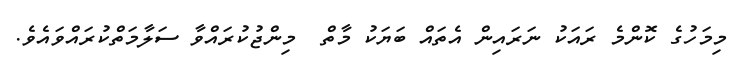
މިމަހުގެ ކޮންމެ ރައަކު ނަރައިން އެތައް ބަޔަކު މާތް  މިންޖުކުރައްވާ ސަލާމަތްކުރައްވައެވެ.